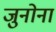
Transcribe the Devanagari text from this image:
जुनोना